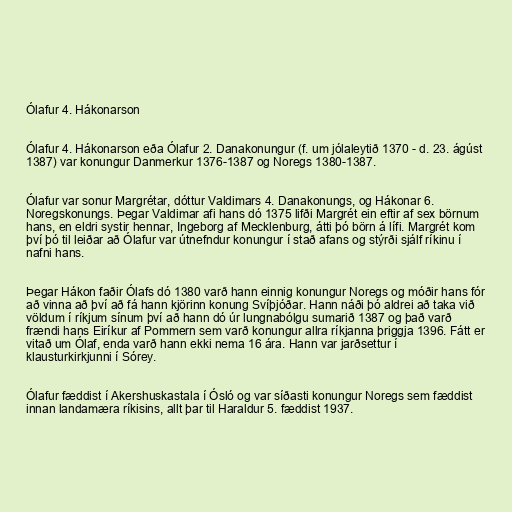
Ólafur 4. Hákonarson

Ólafur 4. Hákonarson eða Ólafur 2. Danakonungur (f. um jólaleytið 1370 - d. 23. ágúst
1387) var konungur Danmerkur 1376-1387 og Noregs 1380-1387.

Ólafur var sonur Margrétar, dóttur Valdimars 4. Danakonungs, og Hákonar 6.
Noregskonungs. Þegar Valdimar afi hans dó 1375 lifði Margrét ein eftir af sex börnum
hans, en eldri systir hennar, Ingeborg af Mecklenburg, átti þó börn á lífi. Margrét kom
því þó til leiðar að Ólafur var útnefndur konungur í stað afans og stýrði sjálf ríkinu í
nafni hans.

Þegar Hákon faðir Ólafs dó 1380 varð hann einnig konungur Noregs og móðir hans fór
að vinna að því að fá hann kjörinn konung Svíþjóðar. Hann náði þó aldrei að taka við
völdum í ríkjum sínum því að hann dó úr lungnabólgu sumarið 1387 og það varð
frændi hans Eiríkur af Pommern sem varð konungur allra ríkjanna þriggja 1396. Fátt er
vitað um Ólaf, enda varð hann ekki nema 16 ára. Hann var jarðsettur í
klausturkirkjunni í Sórey.

Ólafur fæddist í Akershuskastala í Ósló og var síðasti konungur Noregs sem fæddist
innan landamæra ríkisins, allt þar til Haraldur 5. fæddist 1937.